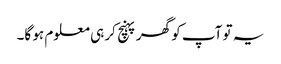
یہ تو آپ کو گھر پہنچ کر ہی معلوم ہو گا۔